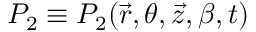
P _ { 2 } \equiv P _ { 2 } ( \vec { r } , \theta , \vec { z } , \beta , t )